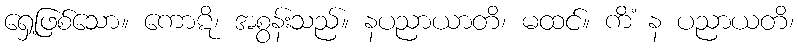
ရှေ့ဖြစ်သော။ ကောဋိ၊ အစွန်းသည်။ နပညာယာတိ၊ မထင်။ ကိံ န ပညာယတိ၊